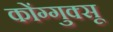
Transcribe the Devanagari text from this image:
कोंग्गुक्सू